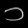
Digit: ၁